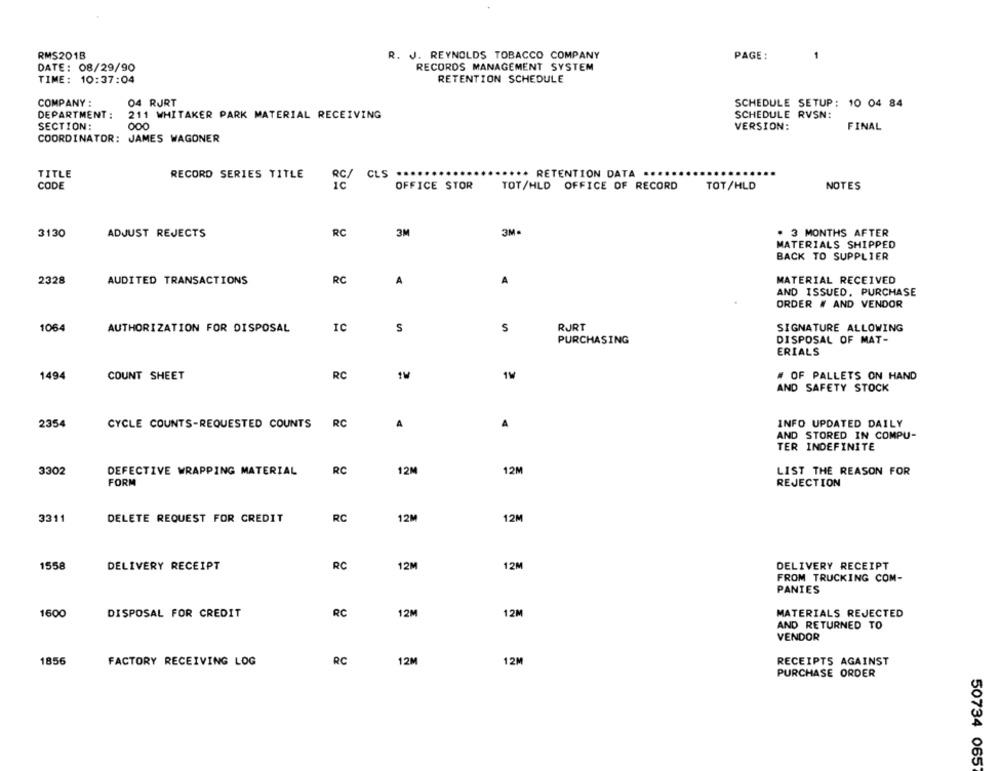
RMS201B
R. J. REYNOLDS TOBACCO COMPANY
PAGE:
DATE: 08/29/90
RECORDS MANAGEMENT SYSTEM
RETENTION SCHEDULE
TIME: 10:37:04
COMPANY :
04 RURT
SCHEDULE SETUP: 10 04 84
DEPARTMENT :
211 WHITAKER PARK MATERIAL RECEIVING
SCHEDULE RVSN:
SECTION:
000
VERSION:
FINAL
COORDINATOR: JAMES WAGONER
TITLE
RECORD SERIES TITLE
RC/
CLS .
** RETENTION DATA .....
CODE
IC
OFFICE STOR
TOT/HLD
OFFICE OF RECORD
TOT/HLD
NOTES
3M·
3130
ADJUST REJECTS
RC
3M
· 3 MONTHS AFTER
MATERIALS SHIPPED
BACK TO SUPPLIER
2328
AUDITED TRANSACTIONS
RC
A
A
MATERIAL RECEIVED
AND ISSUED, PURCHASE
ORDER # AND VENDOR
1064
AUTHORIZATION FOR DISPOSAL
IC
S
S
RURT
SIGNATURE ALLOWING
PURCHASING
DISPOSAL OF MAT-
ERIALS
1494
COUNT SHEET
RC
1W
1W
# OF PALLETS ON HAND
AND SAFETY STOCK
2354
CYCLE COUNTS-REQUESTED COUNTS
RC
A
A
INFO UPDATED DAILY
AND STORED IN COMPU-
TER INDEFINITE
3302
RC
12M
12M
LIST THE REASON FOR
DEFECTIVE WRAPPING MATERIAL
FORM
REJECTION
12M
3311
DELETE REQUEST FOR CREDIT
RC
12M
1558
DELIVERY RECEIPT
RC
12M
12M
DELIVERY RECEIPT
FROM TRUCKING COM-
PANIES
1600
DISPOSAL FOR CREDIT
RC
12M
12M
MATERIALS REJECTED
AND RETURNED TO
VENDOR
1856
FACTORY RECEIVING LOG
RC
12M
12M
RECEIPTS AGAINST
PURCHASE ORDER
50734 065